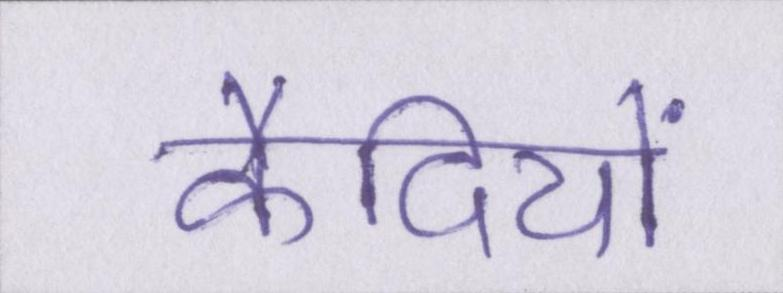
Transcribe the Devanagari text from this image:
कैदियों